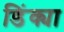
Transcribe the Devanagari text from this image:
डिंक्या